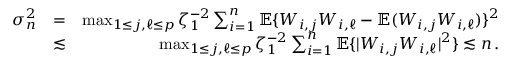
\begin{array} { r l r } { \sigma _ { n } ^ { 2 } } & { = } & { \operatorname* { m a x } _ { 1 \leq j , \ell \leq p } \zeta _ { 1 } ^ { - 2 } \sum _ { i = 1 } ^ { n } { \mathbb { E } } \{ W _ { i , j } W _ { i , \ell } - { \mathbb { E } } ( W _ { i , j } W _ { i , \ell } ) \} ^ { 2 } } \\ & { \lesssim } & { \operatorname* { m a x } _ { 1 \leq j , \ell \leq p } \zeta _ { 1 } ^ { - 2 } \sum _ { i = 1 } ^ { n } { \mathbb { E } } \{ | W _ { i , j } W _ { i , \ell } | ^ { 2 } \} \lesssim n \, . } \end{array}